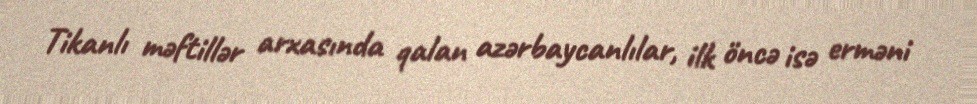
Tikanlı məftillər arxasında qalan azərbaycanlılar, ilk öncə isə erməni